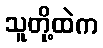
သူတို့ထဲက